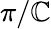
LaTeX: \pi/\mathbb{C}